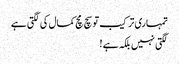
تمہاری ترکیب تو سچ مچ کمال کی لگتی ہے
لگتی نہیں بلکہ ہے !